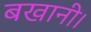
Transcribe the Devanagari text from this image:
बखानी।